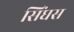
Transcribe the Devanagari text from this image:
सिंघस